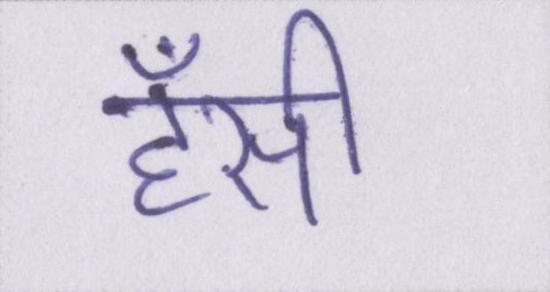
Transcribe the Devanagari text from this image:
हॅसी